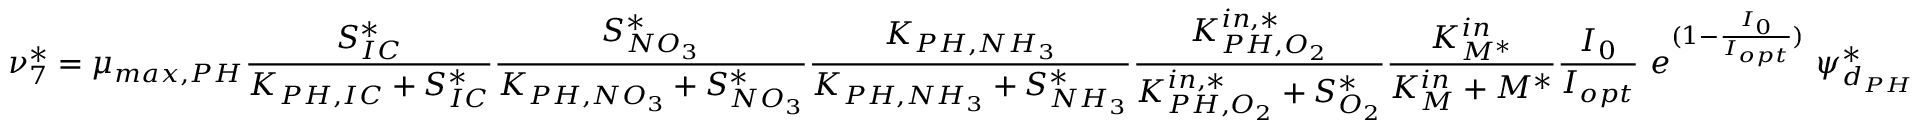
\nu _ { 7 } ^ { * } = \mu _ { m a x , P H } \frac { S _ { I C } ^ { * } } { K _ { P H , I C } + S _ { I C } ^ { * } } \frac { S _ { N O _ { 3 } } ^ { * } } { K _ { P H , N O _ { 3 } } + S _ { N O _ { 3 } } ^ { * } } \frac { K _ { P H , N H _ { 3 } } } { K _ { P H , N H _ { 3 } } + S _ { N H _ { 3 } } ^ { * } } \frac { K _ { P H , O _ { 2 } } ^ { i n , * } } { K _ { P H , O _ { 2 } } ^ { i n , * } + S _ { O _ { 2 } } ^ { * } } \frac { K _ { M ^ { * } } ^ { i n } } { K _ { M } ^ { i n } + M ^ { * } } \frac { I _ { 0 } } { I _ { o p t } } \ e ^ { ( 1 - \frac { I _ { 0 } } { I _ { o p t } } ) } \ \psi _ { d _ { P H } } ^ { * }